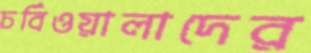
চর্বিওয়ালাদের